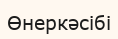
Өнеркәсібі